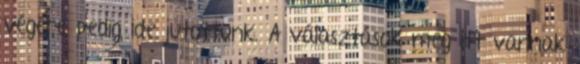
végére pedig ide jutottunk. A választások meg itt vannak